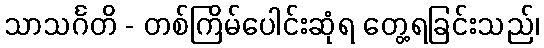
သာသင်္ဂတိ - တစ်ကြိမ်ပေါင်းဆုံရ တွေ့ရခြင်းသည်၊